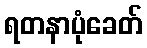
ရတနာပုံခေတ်